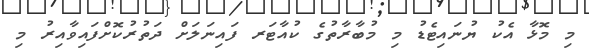
މި މޮޅާ އެކު ޔުނައިޓެޑު މި މުބާރާތުގެ ކުއާޓަރ ފައިނަލަށް ދަތުރުކޮށްފައިވާއިރު މި